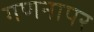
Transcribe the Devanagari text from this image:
गणनापर